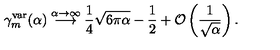
\gamma _ { m } ^ { \mathrm { v a r } } ( \alpha ) \stackrel { \alpha \to \infty } { \longrightarrow } \frac { 1 } { 4 } \sqrt { 6 \pi \alpha } - \frac { 1 } { 2 } + { \cal O } \left( \frac { 1 } { \sqrt { \alpha } } \right) .